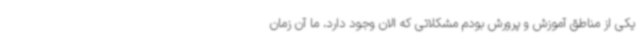
یکی از مناطق آموزش و پرورش بودم مشکلاتی که الان وجود دارد، ما آن زمان